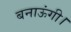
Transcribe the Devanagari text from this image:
बनाऊंगी।